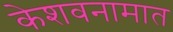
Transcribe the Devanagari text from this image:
केशवनामात